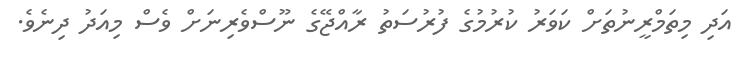
އަދި މިތަމްރީނުތަށް ކަވަރު ކުރުމުގެ ފުރުސަތު ރާއްޖޭގެ ނޫސްވެރިނަށް ވެސް މިއަދު ދިނެވެ.